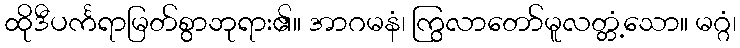
ထိုဒီပင်္ကရာမြတ်စွာဘုရား၏။ အာဂမနံ၊ ကြွလာတော်မူလတ္တံ့သော။ မဂ္ဂံ၊